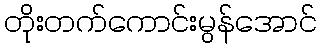
တိုးတက်ကောင်းမွန်အောင်